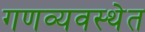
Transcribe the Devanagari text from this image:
गणव्यवस्थेत